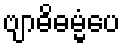
ဗျာဓိဓမ္မံပေ